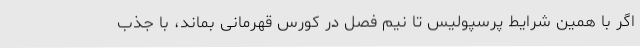
اگر با همین شرایط پرسپولیس تا نیم فصل در کورس قهرمانی بماند، با جذب